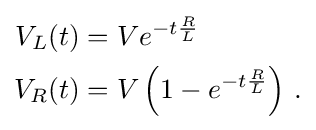
{\begin{aligned}V_{L}(t)&=Ve^{-t{\frac {R}{L}}}\\V_{R}(t)&=V\left(1-e^{-t{\frac {R}{L}}}\right)\,.\end{aligned}}